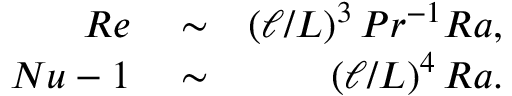
\begin{array} { r l r } { R e } & { { } \sim } & { ( { \ell } / { L } ) ^ { 3 } \, P r ^ { - 1 } R a , } \\ { N u - 1 } & { { } \sim } & { ( { \ell } / { L } ) ^ { 4 } \, R a . } \end{array}